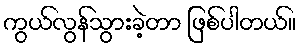
ကွယ်လွန်သွားခဲ့တာ ဖြစ်ပါတယ်။